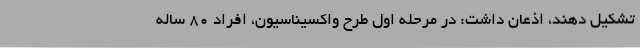
تشکیل دهند، اذعان داشت: در مرحله اول طرح واکسیناسیون، افراد ٨٠ ساله